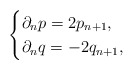
\begin{align*}\begin{cases}\partial_np= 2p_{n+1},\\\partial_nq=-2q_{n+1},\end{cases}\end{align*}